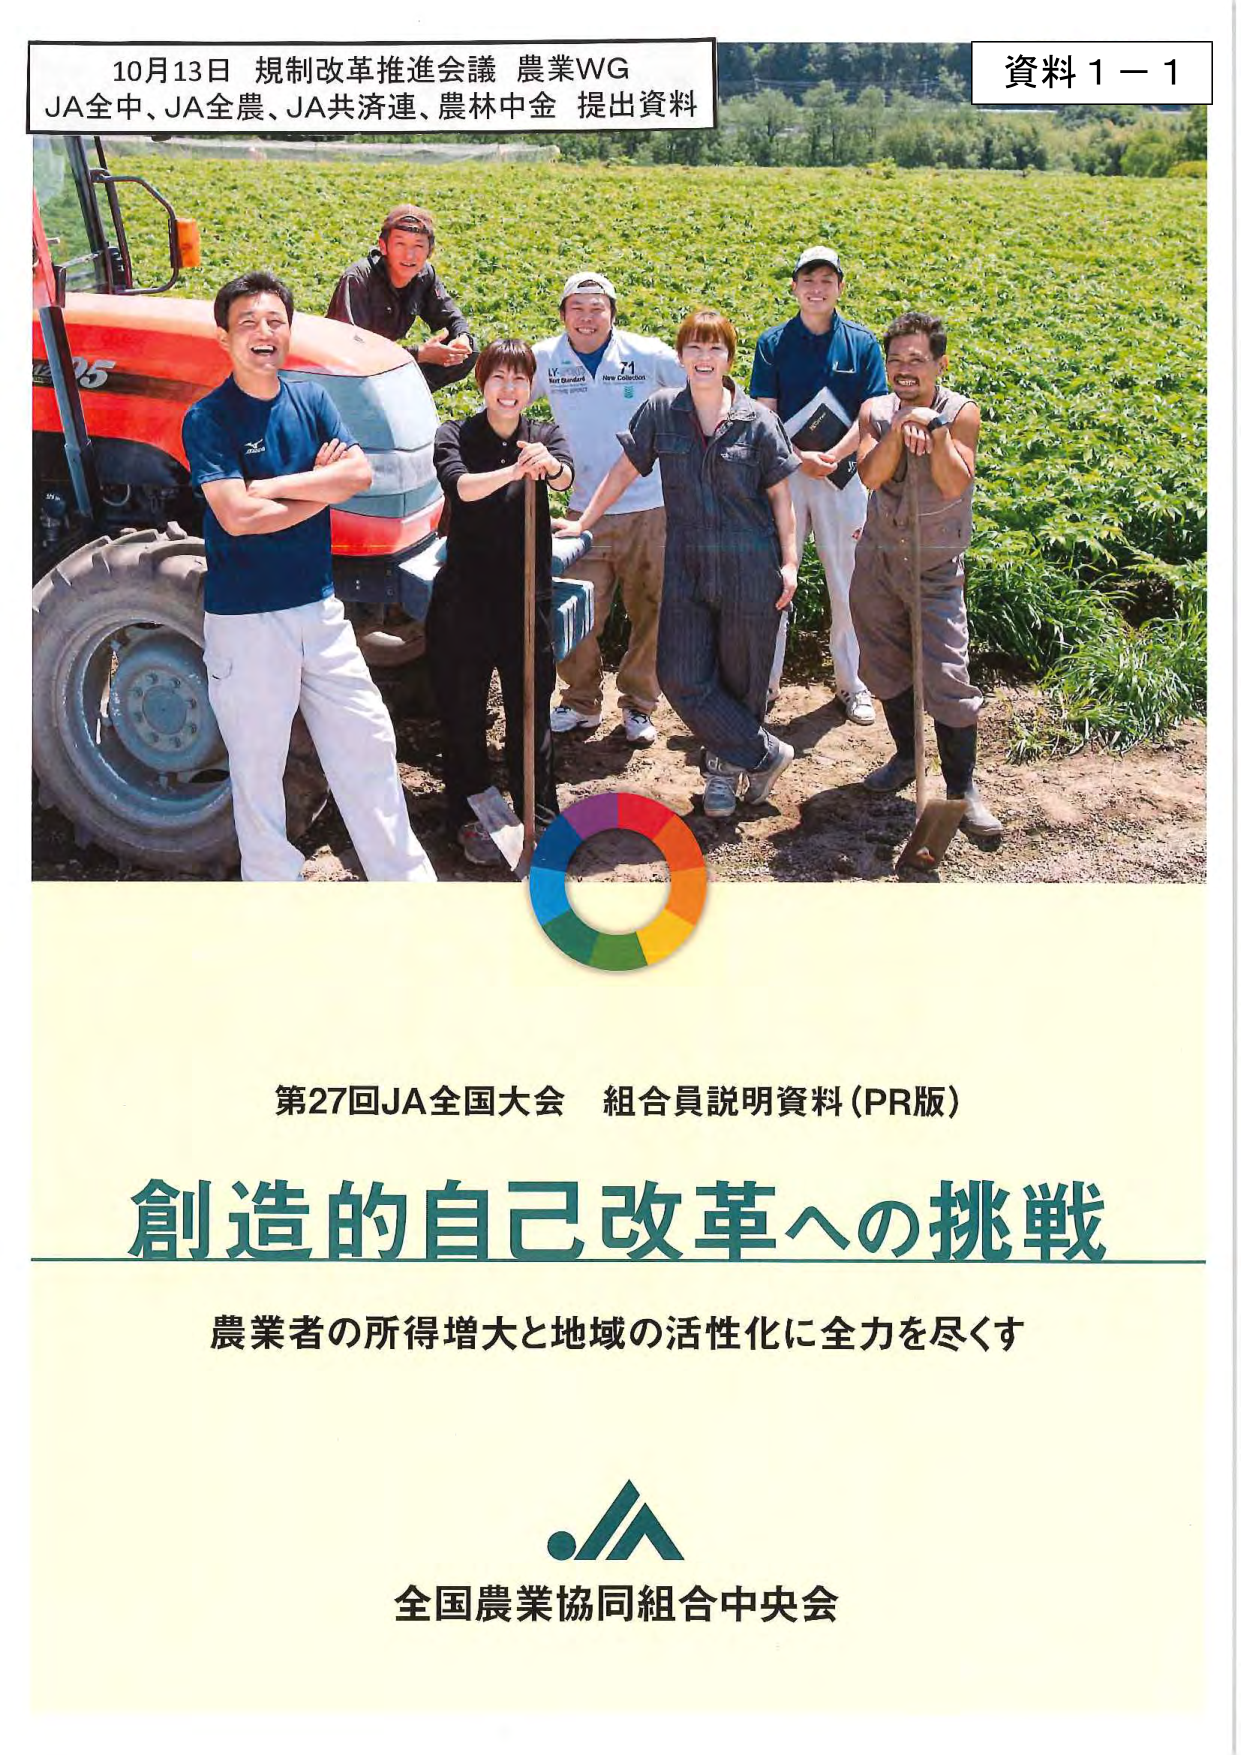
10月13日 規制改革推進会議 農業WG
JA全中、JA全農、JA共済連、農林中金 提出資料

資料1－1

第27回JA全国大会 組合員説明資料（PR版）
創造的自己改革への挑戦
農業者の所得増大と地域の活性化に全力を尽くす

全国農業協同組合中央会